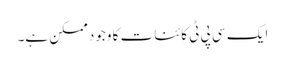
ایک سی پی ٹی کائنات کا وجود ممکن ہے۔